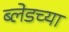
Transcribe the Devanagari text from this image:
ब्लेडच्या